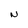
Character: N